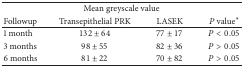
| <COLSPAN=4> Mean greyscale value |
 | Followup | Transepithelial PRK | LASEK | P value∗ |
 | --- | --- | --- | --- |
 | 1 month | 132 ± 64 | 77 ± 17 | P < 0.05 |
 | 3 months | 98 ± 55 | 82 ± 36 | P > 0.05 |
 | 6 months | 81 ± 22 | 70 ± 82 | P > 0.05 |